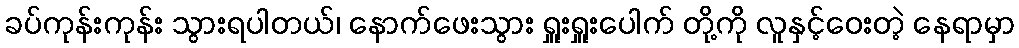
ခပ်ကုန်းကုန်း သွားရပါတယ်၊ နောက်ဖေးသွား ရှူးရှူးပေါက် တို့ကို လူနှင့်ဝေးတဲ့ နေရာမှာ